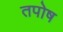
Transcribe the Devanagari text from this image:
तपोष